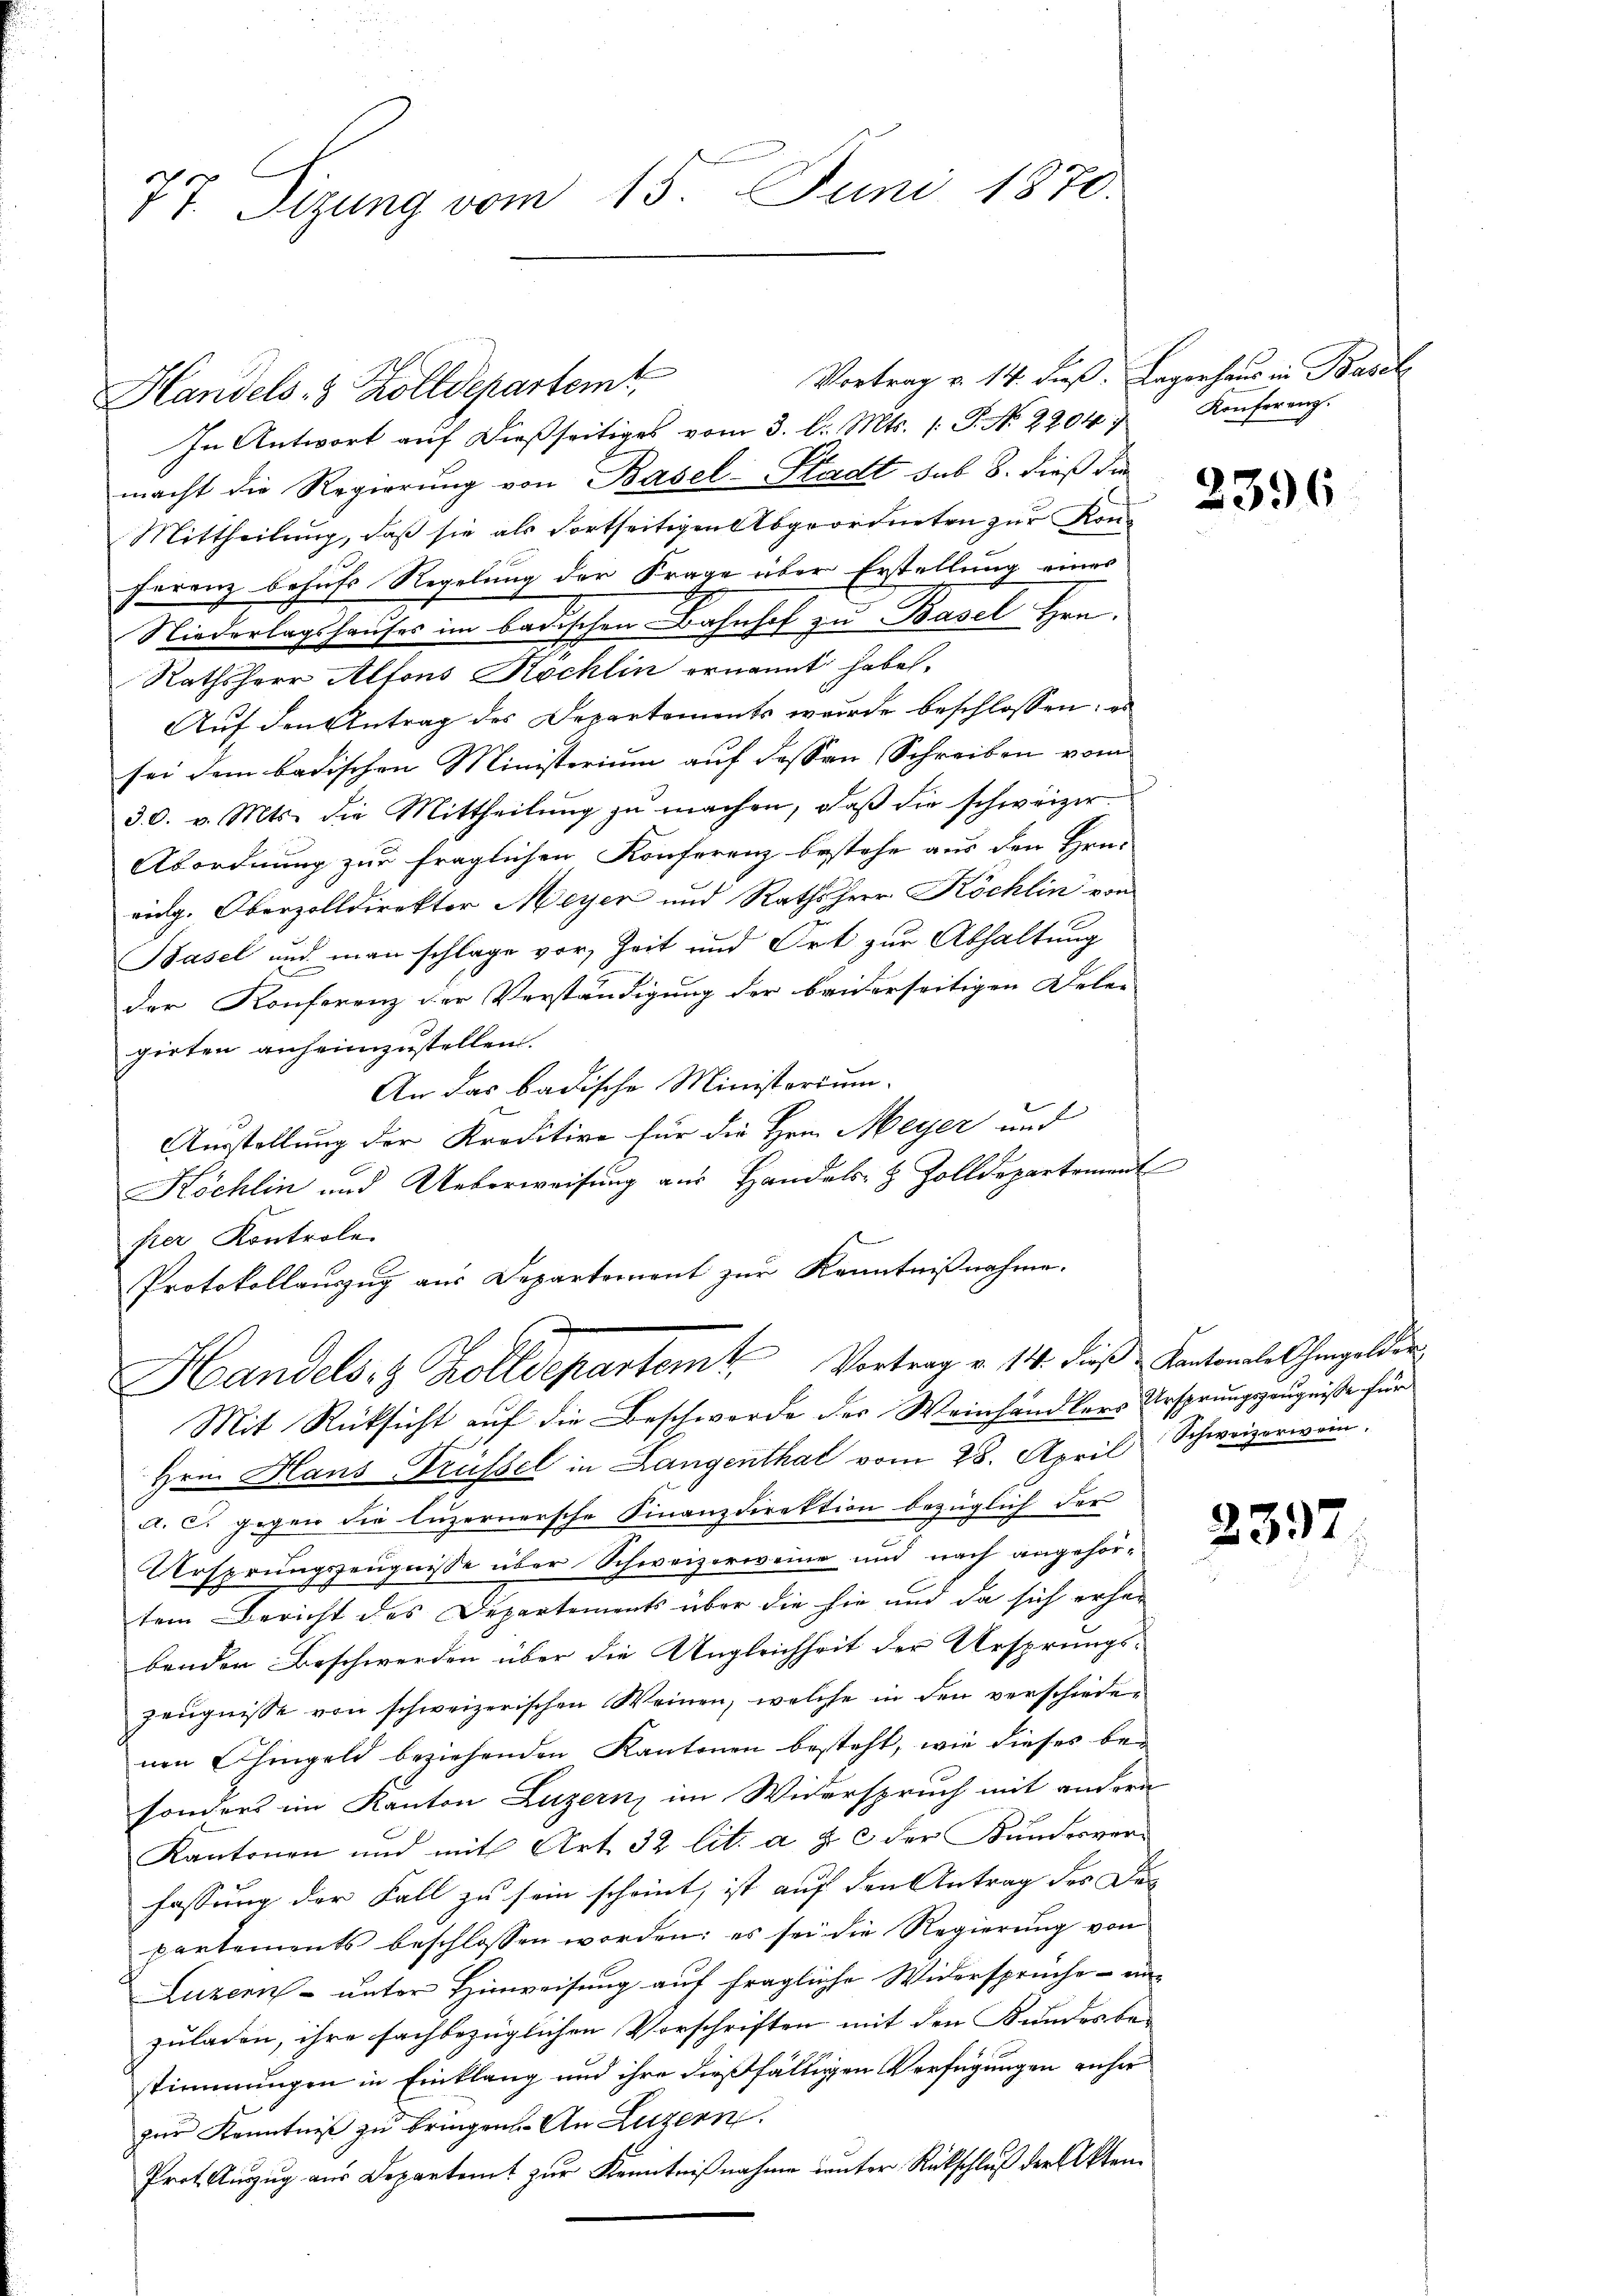
77. Sizung vom 15. Juni 1870.

Vortrag v. 14. dieß. Lagerhaus in Basel
In Antwort aŭf dießseitiges vom 3. l. Mts. /: P. N. 2204. 7. Konferenz.
macht die Regierung von Basel-Stadt sub 8. dieß die
Mittheilung, daß sie als Fortseitigen Abgeordneten zur Konferenz behufs Regelung der Frage über Erstellung eines
Niederlagshauses im badischen Bahnhof zu Basel Hrn.
Rathsherr Altons Köchlin ernannt habe.
Auf den Antrag des Departements wurde beschlossen, es
sei dem badischen Ministerium auf dessen Schreiben vom
30. v. Mts. die Mittheilŭng zŭ machen, daβ die schweizer.
Abordnung zur fraglichen Konferenz bestehe aus den Hrn.
eidg. Oberzolldirekter Meyer und Rathsherr Köchlin von
Basel und man schlage vor, Zeit und Ort zur Abhaltung
der Konferenz der Verständigung der beiderseitigen Belei-
girten anheimzustellen.
An das badische Ministorium.
Ausstellung der Kreditive für die Hrn. Meyer und
Köchlin und Ueberweisung aus Handels- & Zolldepartement
pier Kontrole.
Protokollauszug aus Departement zur Kenntnißnahme.
Handelst Zolldepartem Vortrag v. 14. dieß Kantonale hergelder
Mit Rücksicht auf die Beschwerde der Weinhändlers Ursprungszeugniße für
Hrn. Hans Trüssel in Langenthal vom 28. April Schweizerwein-
A. c. gegen die luzernersche Finanzdirektion bezüglich der
Ursprungszeugnisse über Schweizerweine und nach angehörtem Bericht des Departements über die hie und da sich erher
benden Beschwerden über die Ungleichheit der Ursprungs-
zeŭgnisse von schweizerischen Weinen, welche in den verschiedenen hingeld beziehenden Kantonen besteht, wie dieses besonders im Kanton Luzern, im Widerspruch mit andern
Kantonen und mit Art. 32 lit. a & c der Kunderverfassung der Fall zu sein scheint, ist auf den Antrag des Dec
partements beschlossen worden: es sei die Regierŭng von
Luzern unter Hinweisung auf fragliche Widersprüche an-
zuladen, ihre fachbezüglichen Vorschriften mit den Kundesbe-
stimmungen in Einklang und ihre dießfälligen Verfügungen anher
zur Kenntniß zu bringen. An Luzern.
Prot. Auszug aus Departamt zur Kenntnißnahme unter Rückschluß der Akten.

Handels 8 Zolldepartemt

2396

2397